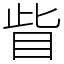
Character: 眥